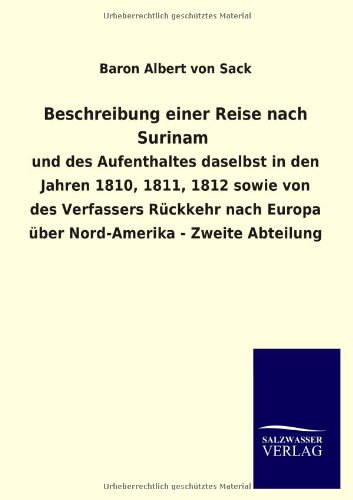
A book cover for Beschreibung einer Reise nach Surinam (German Edition); Baron Albert von Sack; Travel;